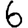
Digit: 6